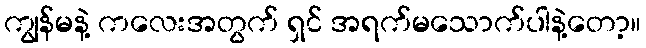
ကျွန်မနဲ့ ကလေးအတွက် ရှင် အရက်မသောက်ပါနဲ့တော့။